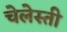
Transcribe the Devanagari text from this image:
चेलेस्ती